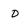
Character: D